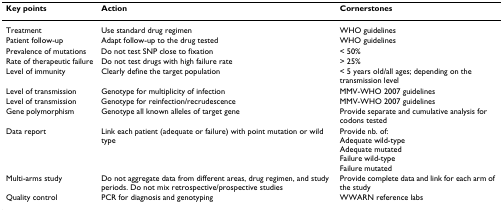
| Key points | Action | Cornerstones |
 | --- | --- | --- |
 | Treatment | Use standard drug regimen | WHO guidelines |
 | Patient follow-up | Adapt follow-up to the drug tested | WHO guidelines |
 | Prevalence of mutations | Do not test SNP close to fixation | < 50% |
 | Rate of therapeutic failure | Do not test drugs with high failure rate | > 25% |
 | Level of immunity | Clearly define the target population | < 5 years old/all ages; depending on the transmission level |
 | Level of transmission | Genotype for multiplicity of infection | MMV-WHO 2007 guidelines |
 | Level of transmission | Genotype for reinfection/recrudescence | MMV-WHO 2007 guidelines |
 | Gene polymorphism | Genotype all known alleles of target gene | Provide separate and cumulative analysis for codons tested |
 | Data report | Link each patient (adequate or failure) with point mutation or wild type | Provide nb. of:Adequate wild-typeAdequate mutatedFailure wild-typeFailure mutated |
 | Multi-arms study | Do not aggregate data from different areas, drug regimen, and study periods. Do not mix retrospective/prospective studies | Provide complete data and link for each arm of the study |
 | Quality control | PCR for diagnosis and genotyping | WWARN reference labs |